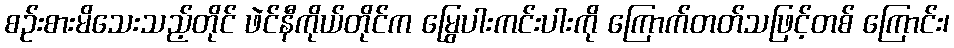
စဉ်းစားမိသေးသည့်တိုင် ဖဲင်နီကိုယ်တိုင်က မြွေပါးကင်းပါးကို ကြောက်တတ်သဖြင့်တစ် ကြောင်း၊